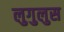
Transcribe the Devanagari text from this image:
लुगुलुस